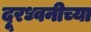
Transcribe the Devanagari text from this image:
दूरध्वनीच्या